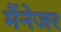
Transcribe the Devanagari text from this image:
मैंनेजर